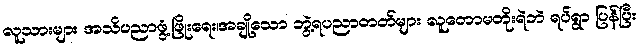
လူသားများ အသိပညာဖွံ့ဖြိုးရေး၊အချို့သော ဘွဲ့ရပညာတတ်များ လူတောမတိုးရဲဘဲ ရပ်ရွာ ပြန်ပြီး